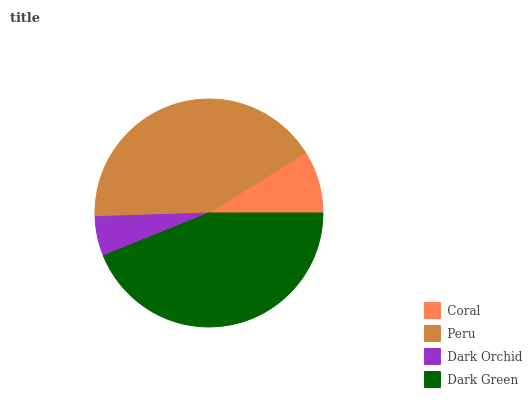
| Coral | Peru | Dark Orchid | Dark Green |
 | --- | --- | --- | --- |
 | 8.87% | 41.7% | 5.58% | 43.9% |